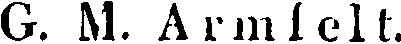
G. M. Armfelt.